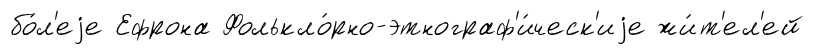
бо́л'еjе Ефрона Фолькло́рно-этнограф'и́ческ'иjе жи́т'ел'ей